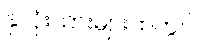
နှလုံးသားများထဲတွင်